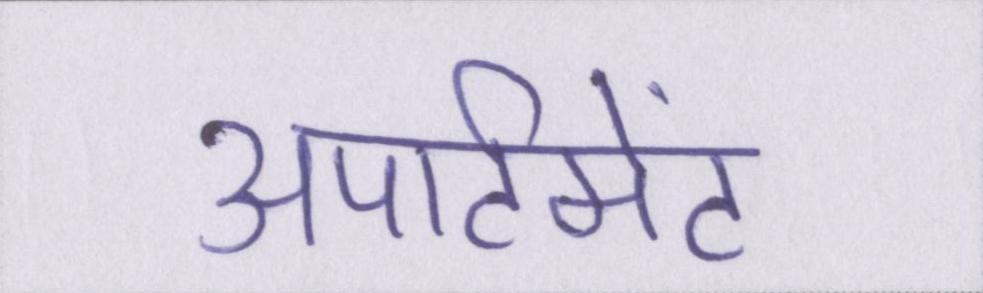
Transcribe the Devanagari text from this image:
अपार्टमेंट